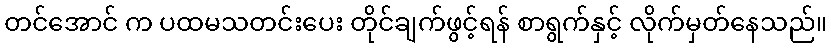
တင်အောင် က ပထမသတင်းပေး တိုင်ချက်ဖွင့်ရန် စာရွက်နှင့် လိုက်မှတ်နေသည်။